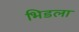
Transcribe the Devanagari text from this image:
भिडला